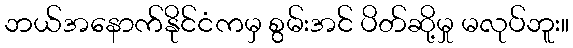
ဘယ်အနောက်နိုင်ငံကမှ စွမ်းအင် ပိတ်ဆို့မှု မလုပ်ဘူး။